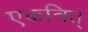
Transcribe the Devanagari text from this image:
एकत्रित्